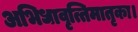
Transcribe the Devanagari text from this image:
अभिधावृत्तिमातृका।